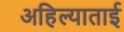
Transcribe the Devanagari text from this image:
अहिल्याताई